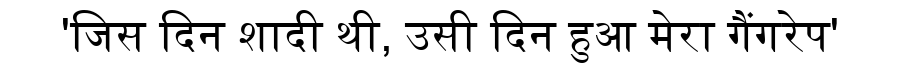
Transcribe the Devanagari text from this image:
'जिस दिन शादी थी, उसी दिन हुआ मेरा गैंगरेप'